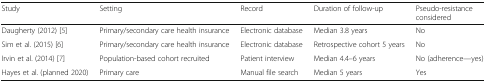
| Study | Setting | Record | Duration of follow-up | Pseudo-resistance considered |
 | --- | --- | --- | --- | --- |
 | Daugherty (2012) [5] | Primary/secondary care health insurance | Electronic database | Median 3.8 years | No |
 | Sim et al. (2015) [6] | Primary/secondary care health insurance | Electronic database | Retrospective cohort 5 years | No |
 | Irvin et al. (2014) [7] | Population-based cohort recruited | Patient interview | Median 4.4–6 years | No (adherence—yes) |
 | Hayes et al. (planned 2020) | Primary care | Manual file search | Median 5 years | Yes |